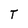
Character: T